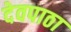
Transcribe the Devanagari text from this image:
देवपाठा